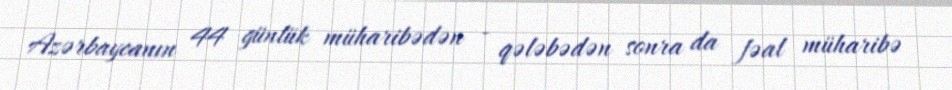
Azərbaycanın 44 günlük müharibədən - qələbədən sonra da fəal müharibə